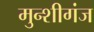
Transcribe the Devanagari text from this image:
मुन्शीगंज